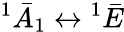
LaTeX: ^{1}\bar{A}_{1}\leftrightarrow{^{1}\bar{E}}